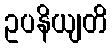
ဥပနိယျတိ